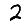
Digit: 2